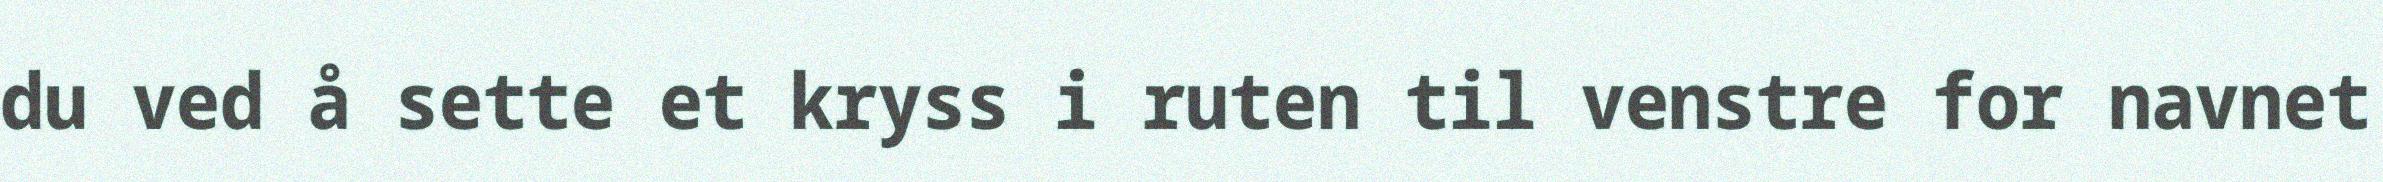
du ved å sette et kryss i ruten til venstre for navnet